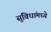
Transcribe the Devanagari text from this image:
सुविधांमध्ये